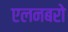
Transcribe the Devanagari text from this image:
एलनबरो